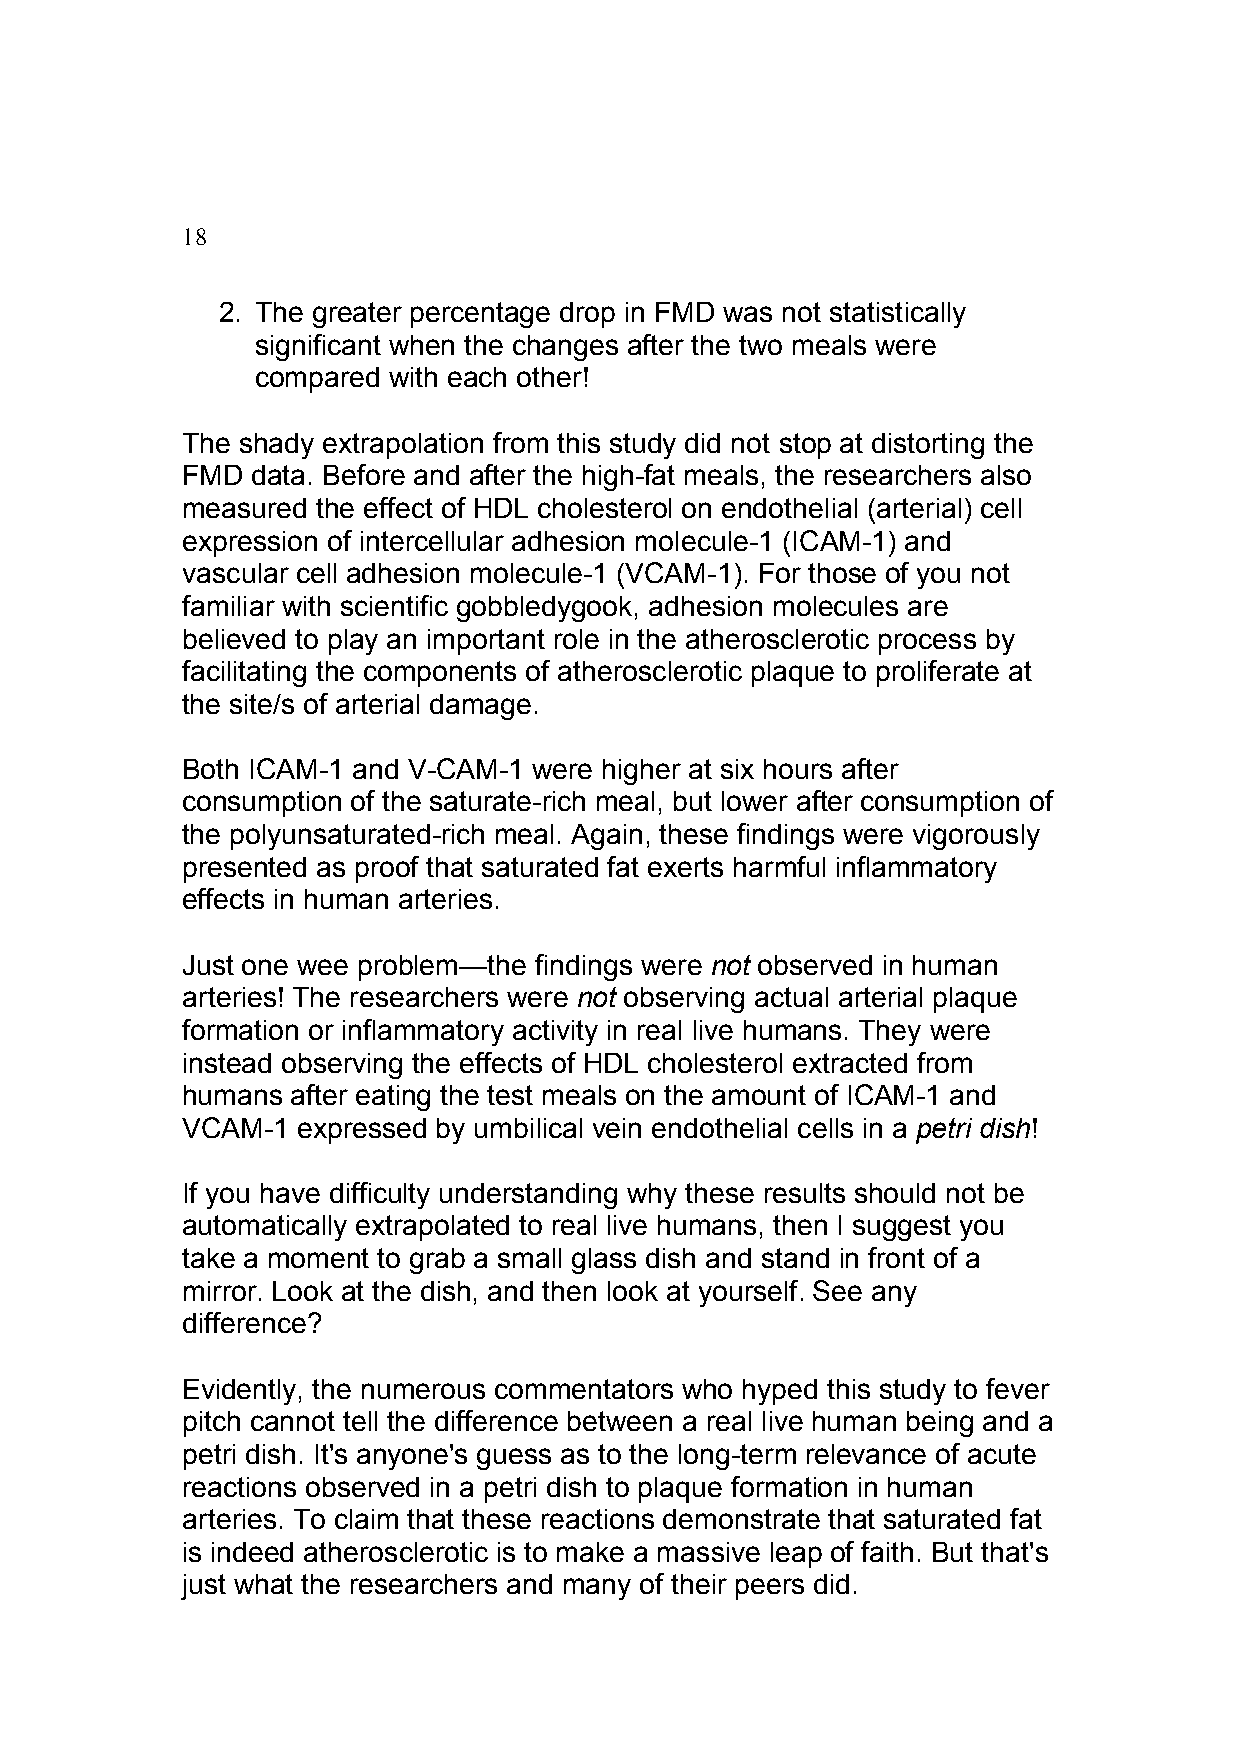
18
 2. The greater percentage drop in FMD was not statistically
 significant when the changes after the two meals were
 compared with each other!
 The shady extrapolation from this study did not stop at distorting the
 FMD  data. Before and after the high-fat meals, the researchers also
 measured the effect of HDL cholesterol on endothelial (arterial) cell
 expression of intercellular adhesion molecule-1 (ICAM-1) and
 vascular cell adhesion molecule-1 (VCAM-1). For those of you not
 familiar with scientific gobbledygook, adhesion molecules are
 believed to play an important role in the atherosclerotic process by
 facilitating the components of atherosclerotic plaque to proliferate at
 the site/s of arterial damage.
 Both ICAM-1 and V-CAM-1 were higher at six hours after
 consumption of the saturate-rich meal, but lower after consumption of
 the polyunsaturated-rich meal. Again, these findings were vigorously
 presented as proof that saturated fat exerts harmful inflammatory
 effects in human arteries.
 Just one wee problem—the findings were not observed in human
 arteries! The researchers were not observing actual arterial plaque
 formation or inflammatory activity in real live humans. They were
 instead observing the effects of HDL cholesterol extracted from
 humans after eating the test meals on the amount of ICAM-1 and
 VCAM-1  expressed by umbilical vein endothelial cells in a petri dish!
 If you have difficulty understanding why these results should not be
 automatically extrapolated to real live humans, then I suggest you
 take a moment to grab a small glass dish and stand in front of a
 mirror. Look at the dish, and then look at yourself. See any
 difference?
 Evidently, the numerous commentators who hyped this study to fever
 pitch cannot tell the difference between a real live human being and a
 petri dish. It's anyone's guess as to the long-term relevance of acute
 reactions observed in a petri dish to plaque formation in human
 arteries. To claim that these reactions demonstrate that saturated fat
 is indeed atherosclerotic is to make a massive leap of faith. But that's
 just what the researchers and many of their peers did.